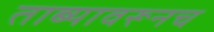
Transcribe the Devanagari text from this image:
ताब्यावरूनच